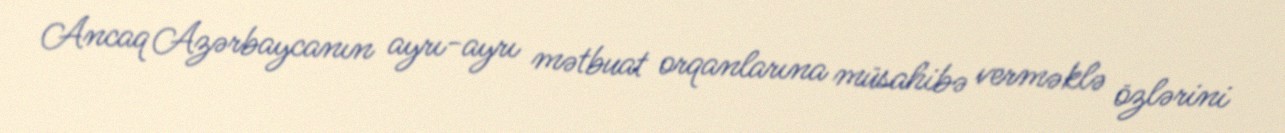
Ancaq Azərbaycanın ayrı-ayrı mətbuat orqanlarına müsahibə verməklə özlərini